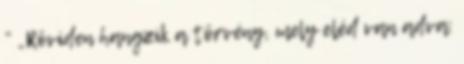
” „Röviden hangzik a törvény, mely eléd van adva: